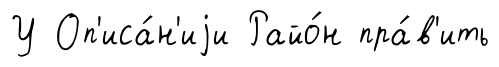
У Оп'иса́н'иjи Райо́н пра́в'ить